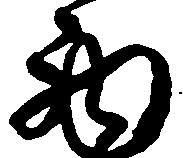
西